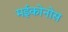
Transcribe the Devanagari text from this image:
मईकोनोस